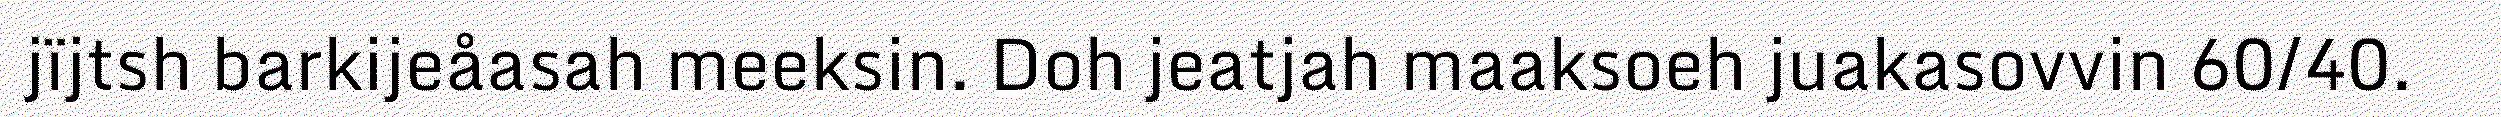
jïjtsh barkijeåasah meeksin. Doh jeatjah maaksoeh juakasovvin 60/40.